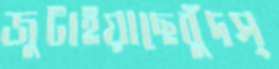
জুটাইয়াছেবুঁদস্